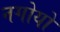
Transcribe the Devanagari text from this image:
नगोयो